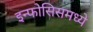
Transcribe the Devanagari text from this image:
इन्फोसिसमध्ये